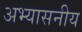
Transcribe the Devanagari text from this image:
अभ्यासनीय